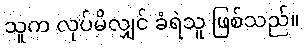
သူက လုပ်မိလျှင် ခံရဲသူ ဖြစ်သည်။